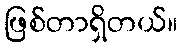
ဖြစ်တာရှိတယ်။